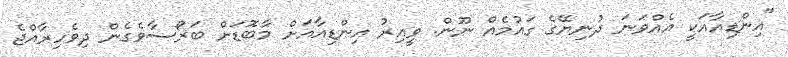
"އިންޑިއާއަކީ އެއްވަނަ ދުނިޔޭގެ ގައުމެއް ނޫން. ވީއިރު އިންޑިއާއަށް މާބޮޑަށް ބަރޯސާވެގެން ދިވެހިރާއްޖެ